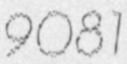
9081